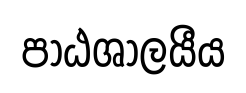
පාඨශාලයීය